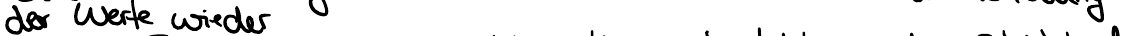
der Werte wieder